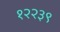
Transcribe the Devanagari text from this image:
१२२३९